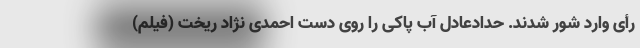
رأی وارد شور شدند. حدادعادل آب پاکی را روی دست احمدی نژاد ریخت (فیلم)